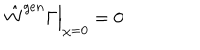
\hat { W } ^ { g e n } { \Gamma } \Big | _ { \chi = 0 } = 0